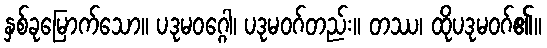
နှစ်ခုမြောက်သော။ ပဒုမဝဂ္ဂေါ၊ ပဒုမဝဂ်တည်း။ တဿ၊ ထိုပဒုမဝဂ်၏။